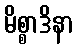
မိစ္စာဒိနာ